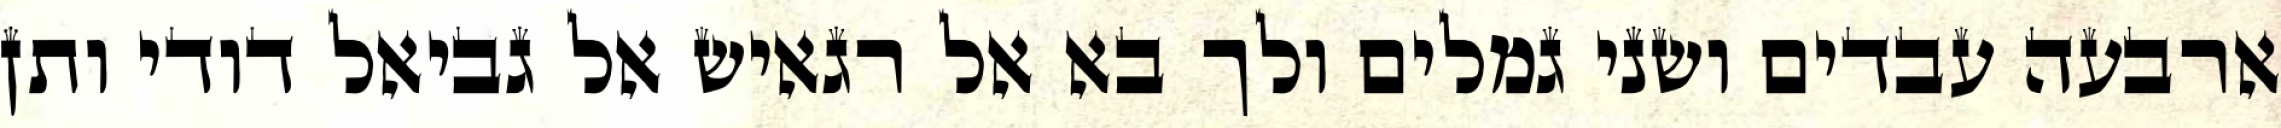
ארבעה עבדים ושני גמלים ולך בא אל רגאיש אל גביאל דודי ותן